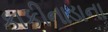
કાકીનાડાના